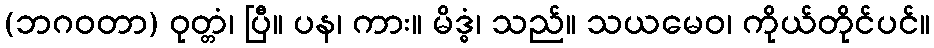
(ဘဂဝတာ) ဝုတ္တံ၊ ပြီ။ ပန၊ ကား။ မိဒ္ဓံ၊ သည်။ သယမေဝ၊ ကိုယ်တိုင်ပင်။